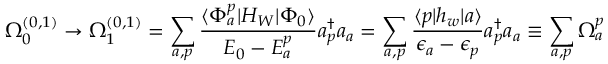
\Omega _ { 0 } ^ { ( 0 , 1 ) } \rightarrow \Omega _ { 1 } ^ { ( 0 , 1 ) } = \sum _ { a , p } \frac { \langle \Phi _ { a } ^ { p } | H _ { W } | \Phi _ { 0 } \rangle } { { \cal E } _ { 0 } - { \cal E } _ { a } ^ { p } } a _ { p } ^ { \dagger } a _ { a } = \sum _ { a , p } \frac { \langle p | h _ { w } | a \rangle } { \epsilon _ { a } - \epsilon _ { p } } a _ { p } ^ { \dagger } a _ { a } \equiv \sum _ { a , p } \Omega _ { a } ^ { p }